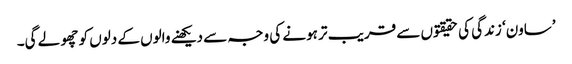
’ساون‘ زندگی کی حقیقتوں سے قریب تر ہونے کی وجہ سے دیکھنے والوں کے دلوں کو چھو لے گی۔